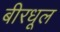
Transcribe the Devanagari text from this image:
बीरधूल